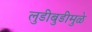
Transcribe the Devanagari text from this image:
लुडीबुडीमुळे